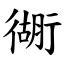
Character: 衚